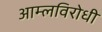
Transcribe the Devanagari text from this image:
आम्लविरोधी